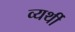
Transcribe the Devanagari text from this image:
व्‍यर्थी